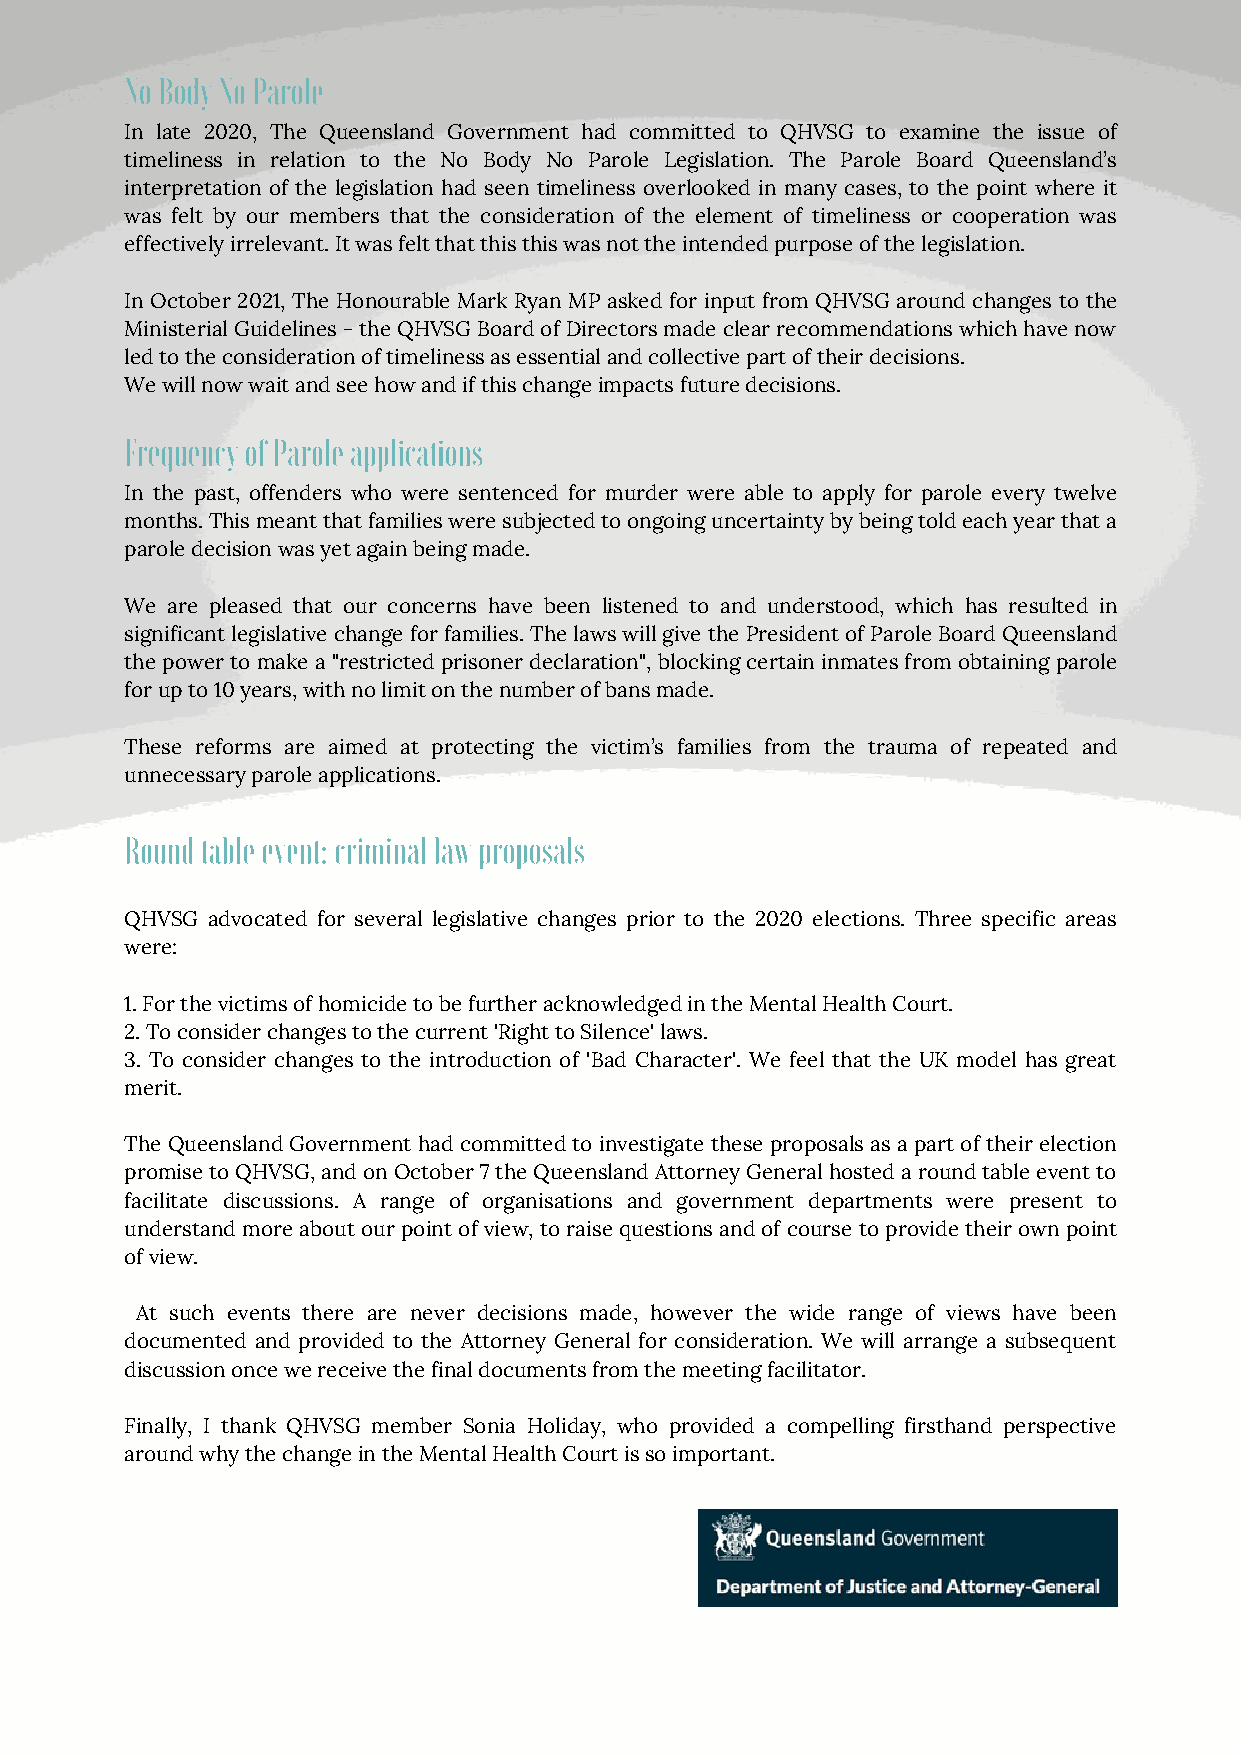
No Body No Parole
 In late 2020, The Queensland Government had committed to QHVSG to examine the issue of
 timeliness in relation to the No Body No Parole Legislation. The Parole Board Queensland’s
 interpretation of the legislation had seen timeliness overlooked in many cases, to the point where it
 was felt by our members that the consideration of the element of timeliness or cooperation was
 effectively irrelevant. It was felt that this this was not the intended purpose of the legislation.
 In October 2021, The Honourable Mark Ryan MP asked for input from QHVSG around changes to the
 Ministerial Guidelines - the QHVSG Board of Directors made clear recommendations which have now
 led to the consideration of timeliness as essential and collective part of their decisions.
 We will now wait and see how and if this change impacts future decisions.
 Frequency of Parole applications
 In the past, offenders who were sentenced for murder were able to apply for parole every twelve
 months. This meant that families were subjected to ongoing uncertainty by being told each year that a
 parole decision was yet again being made.
 We are pleased that our concerns have been listened to and understood, which has resulted in
 significant legislative change for families. The laws will give the President of Parole Board Queensland
 the power to make a "restricted prisoner declaration", blocking certain inmates from obtaining parole
 for up to 10 years, with no limit on the number of bans made.
 These reforms are aimed at protecting the victim’s families from the trauma of repeated and
 unnecessary parole applications.
 Round table event: criminal law proposals
 QHVSG advocated for several legislative changes prior to the 2020 elections. Three specific areas
 were:
 1. For the victims of homicide to be further acknowledged in the Mental Health Court.
 2. To consider changes to the current 'Right to Silence' laws.
 3. To consider changes to the introduction of 'Bad Character'. We feel that the UK model has great
 merit.
 The Queensland Government had committed to investigate these proposals as a part of their election
 promise to QHVSG, and on October 7 the Queensland Attorney General hosted a round table event to
 facilitate discussions. A range of organisations and government departments were present to
 understand more about our point of view, to raise questions and of course to provide their own point
 of view.
 At such events there are never decisions made, however the wide range of views have been
 documented and provided to the Attorney General for consideration. We will arrange a subsequent
 discussion once we receive the final documents from the meeting facilitator.
 Finally, I thank QHVSG member Sonia Holiday, who provided a compelling firsthand perspective
 around why the change in the Mental Health Court is so important.